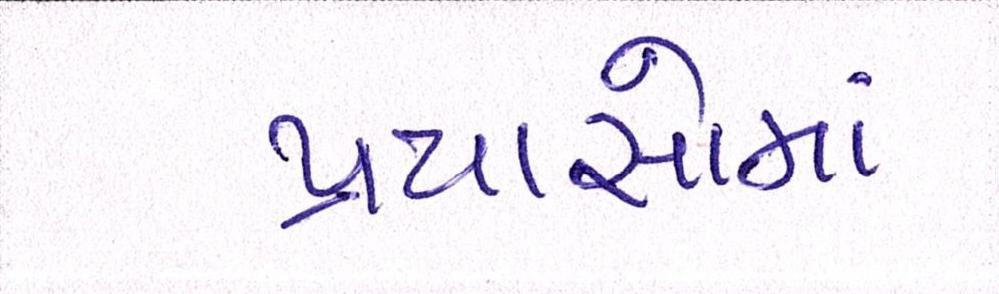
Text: પ્રયાસોમાં